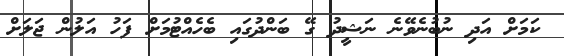
ކަމަށް އަދި ނުބުނެވޭނެ ނަޝީދު ގޭ ބަންދުގައި ބެހެއްޓުމަށް ފަހު އަލުން ޖަލަށް